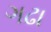
ગઢા